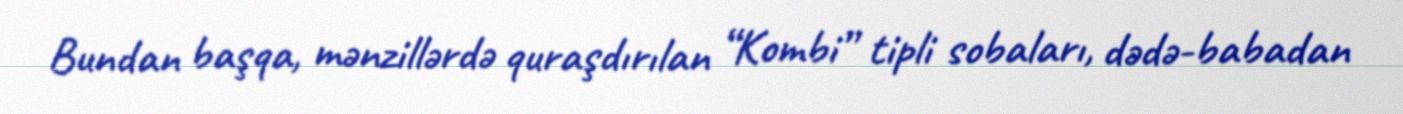
Bundan başqa, mənzillərdə quraşdırılan “Kombi” tipli sobaları, dədə-babadan